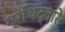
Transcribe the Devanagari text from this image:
ग्रंथिद्वारे